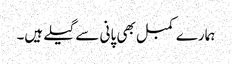
ہمارے کمبل بھی پانی سے گیلے ہیں۔